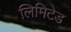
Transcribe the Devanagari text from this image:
लिमिटेड